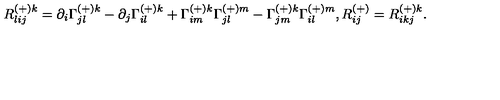
R _ { l i j } ^ { ( + ) k } = \partial _ { i } \Gamma _ { j l } ^ { ( + ) k } - \partial _ { j } \Gamma _ { i l } ^ { ( + ) k } + \Gamma _ { i m } ^ { ( + ) k } \Gamma _ { j l } ^ { ( + ) m } - \Gamma _ { j m } ^ { ( + ) k } \Gamma _ { i l } ^ { ( + ) m } , R _ { i j } ^ { ( + ) } = R _ { i k j } ^ { ( + ) k } .